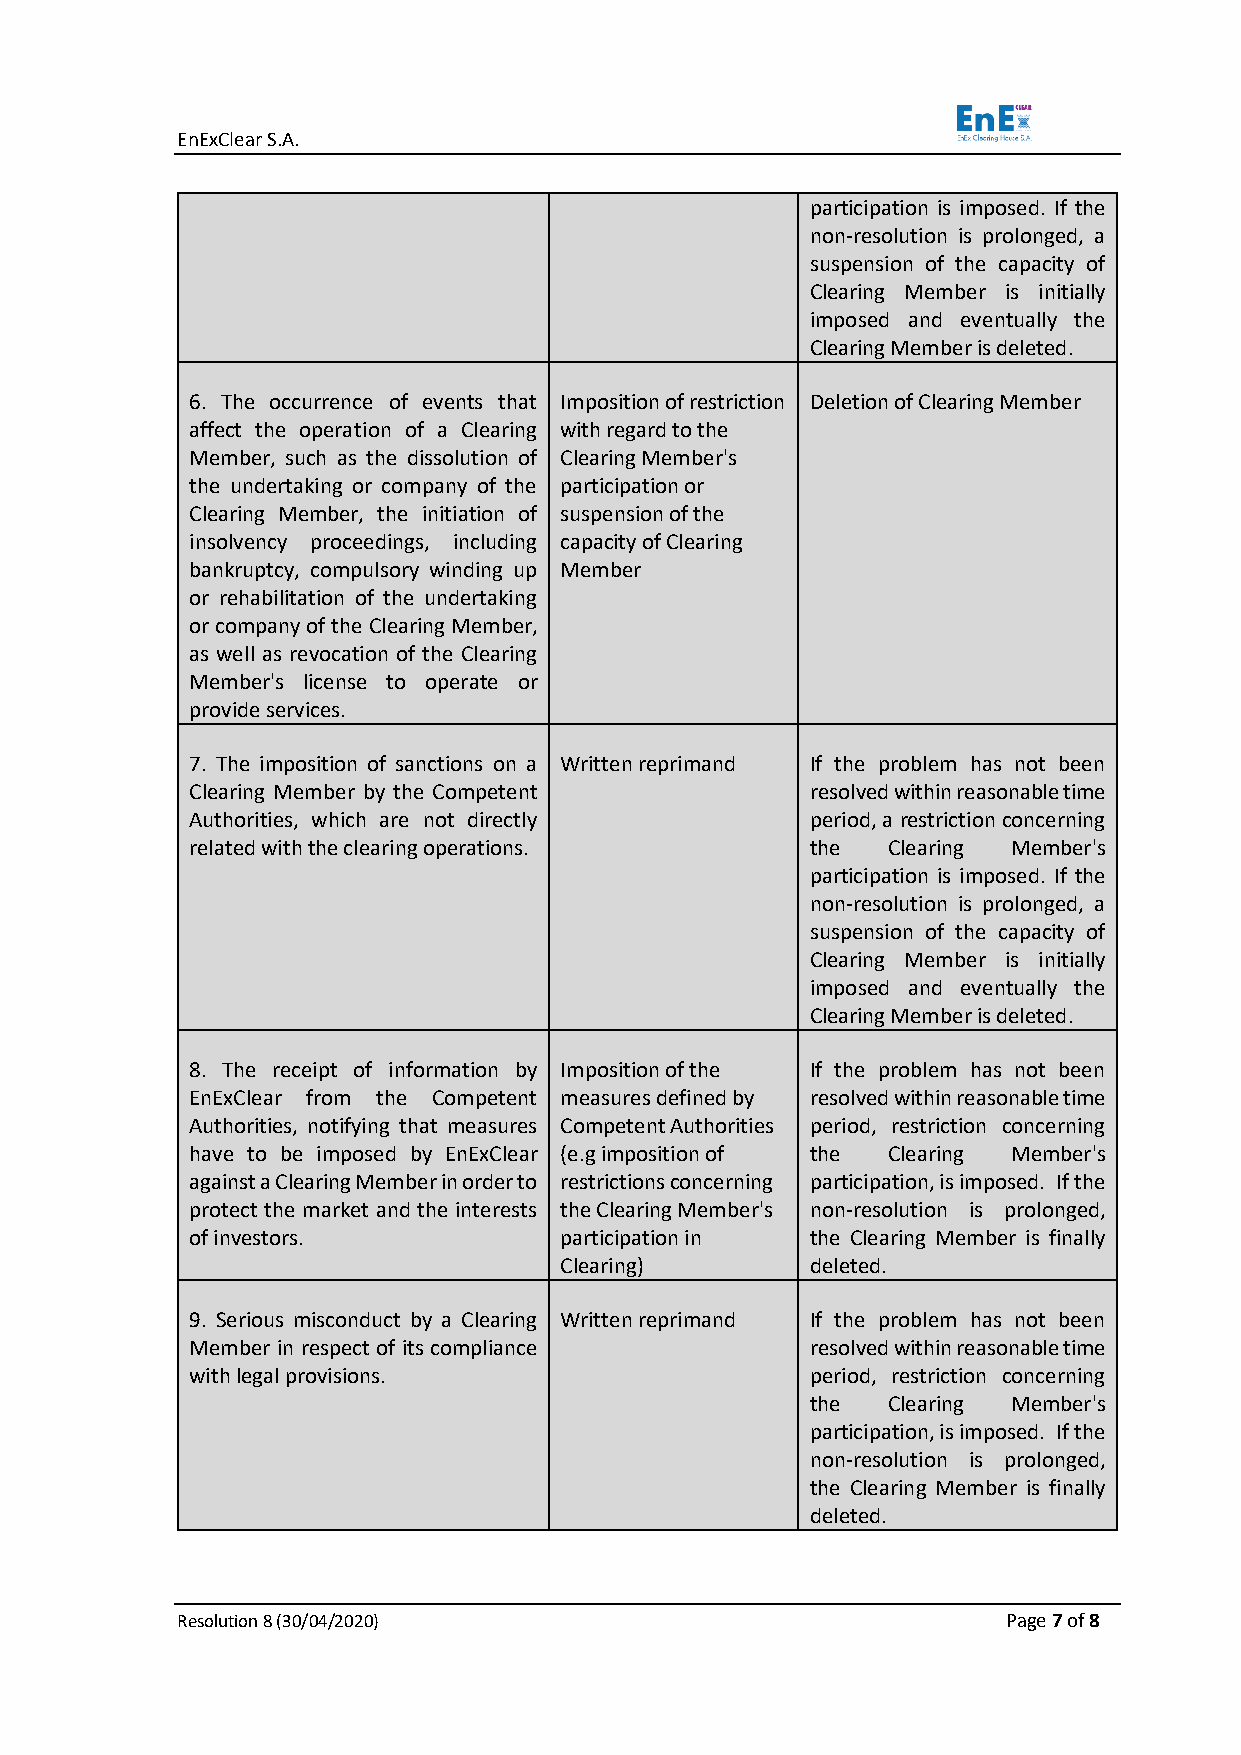
EnExClear S.A.
 participation is imposed. If the
 non-resolution is prolonged, a
 suspension of the capacity of
 Clearing Member is initially
 imposed and eventually the
 Clearing Member is deleted.
 6. The occurrence of events that Imposition of restriction Deletion of Clearing Member
 affect the operation of a Clearing with regard to the
 Member, such as the dissolution of Clearing Member's
 the undertaking or company of the participation or
 Clearing Member, the initiation of suspension of the
 insolvency proceedings, including capacity of Clearing
 bankruptcy, compulsory winding up Member
 or rehabilitation of the undertaking
 or company of the Clearing Member,
 as well as revocation of the Clearing
 Member's license to operate or
 provide services.
 7. The imposition of sanctions on a Written reprimand If the problem has not been
 Clearing Member by the Competent         resolved within reasonable time
 Authorities, which are not directly      period, a restriction concerning
 related with the clearing operations.    the  Clearing Member's
 participation is imposed. If the
 non-resolution is prolonged, a
 suspension of the capacity of
 Clearing Member is initially
 imposed and eventually the
 Clearing Member is deleted.
 8. The receipt of information by Imposition of the If the problem has not been
 EnExClear from the Competent measures defined by resolved within reasonable time
 Authorities, notifying that measures Competent Authorities period, restriction concerning
 have to be imposed by EnExClear (e.g imposition of the Clearing Member's
 against a Clearing Member in order to restrictions concerning participation, is imposed. If the
 protect the market and the interests the Clearing Member's non-resolution is prolonged,
 of investors.           participation in the Clearing Member is finally
 Clearing)        deleted.
 9. Serious misconduct by a Clearing Written reprimand If the problem has not been
 Member in respect of its compliance      resolved within reasonable time
 with legal provisions.                   period, restriction concerning
 the  Clearing Member's
 participation, is imposed. If the
 non-resolution is prolonged,
 the Clearing Member is finally
 deleted.
 Resolution 8 (30/04/2020)                              Page 7 of 8